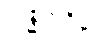
အန္ဓကဝိန္ဒံ